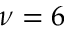
\nu = 6